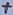
Text: +